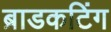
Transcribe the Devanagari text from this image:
ब्राडकटिंग